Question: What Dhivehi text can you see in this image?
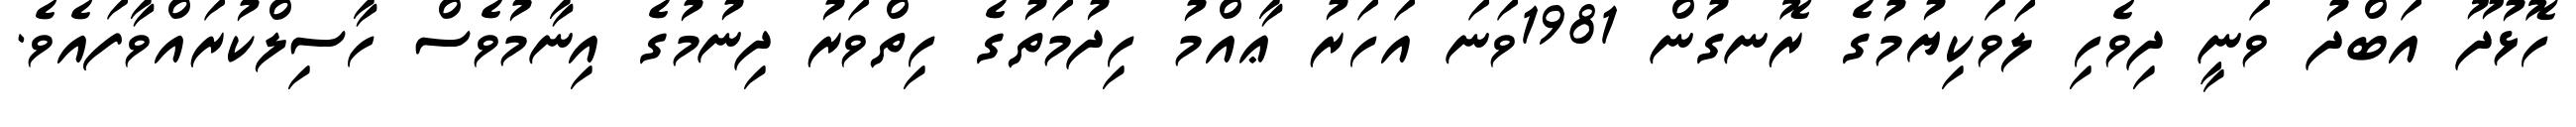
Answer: ހޮޅުދޫ އަބްދު ވަނީ ދިވެހި ލަވަކިޔުމުގެ ރޮނގުން 1981ވަނަ އަހަރު ޢާއްމު ހިދުމަތުގެ ހިތްވަރު ދިނުމުގެ އިނާމުވެސް ހާސިލްކުރައްވާފައެވެ.